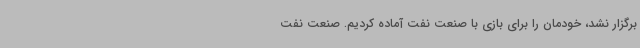
برگزار نشد، خودمان را برای بازی با صنعت نفت آماده کردیم. صنعت نفت